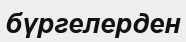
бүргелерден